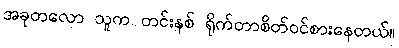
အခုတလော သူက တင်းနစ် ရိုက်တာစိတ်ဝင်စားနေတယ်။